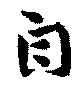
自